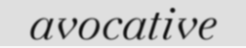
avocative